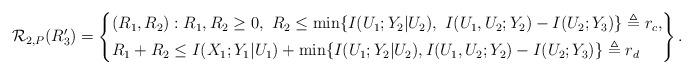
LaTeX: \begin{align*} \mathcal{R}_{2,P}(R_3')= \left\{\begin{aligned} &(R_1,R_2): R_1,R_2\geq 0,\ R_2\leq \min\{I(U_1;Y_2|U_2),\ I(U_1,U_2;Y_2)-I(U_2;Y_3)\}\triangleq r_c, \\ &R_1+R_2 \leq I(X_1;Y_1|U_1)+ \min\{I(U_1;Y_2|U_2), I(U_1,U_2;Y_2)-I(U_2;Y_3)\} \triangleq r_d \\ \end{aligned}\right\}.\end{align*}